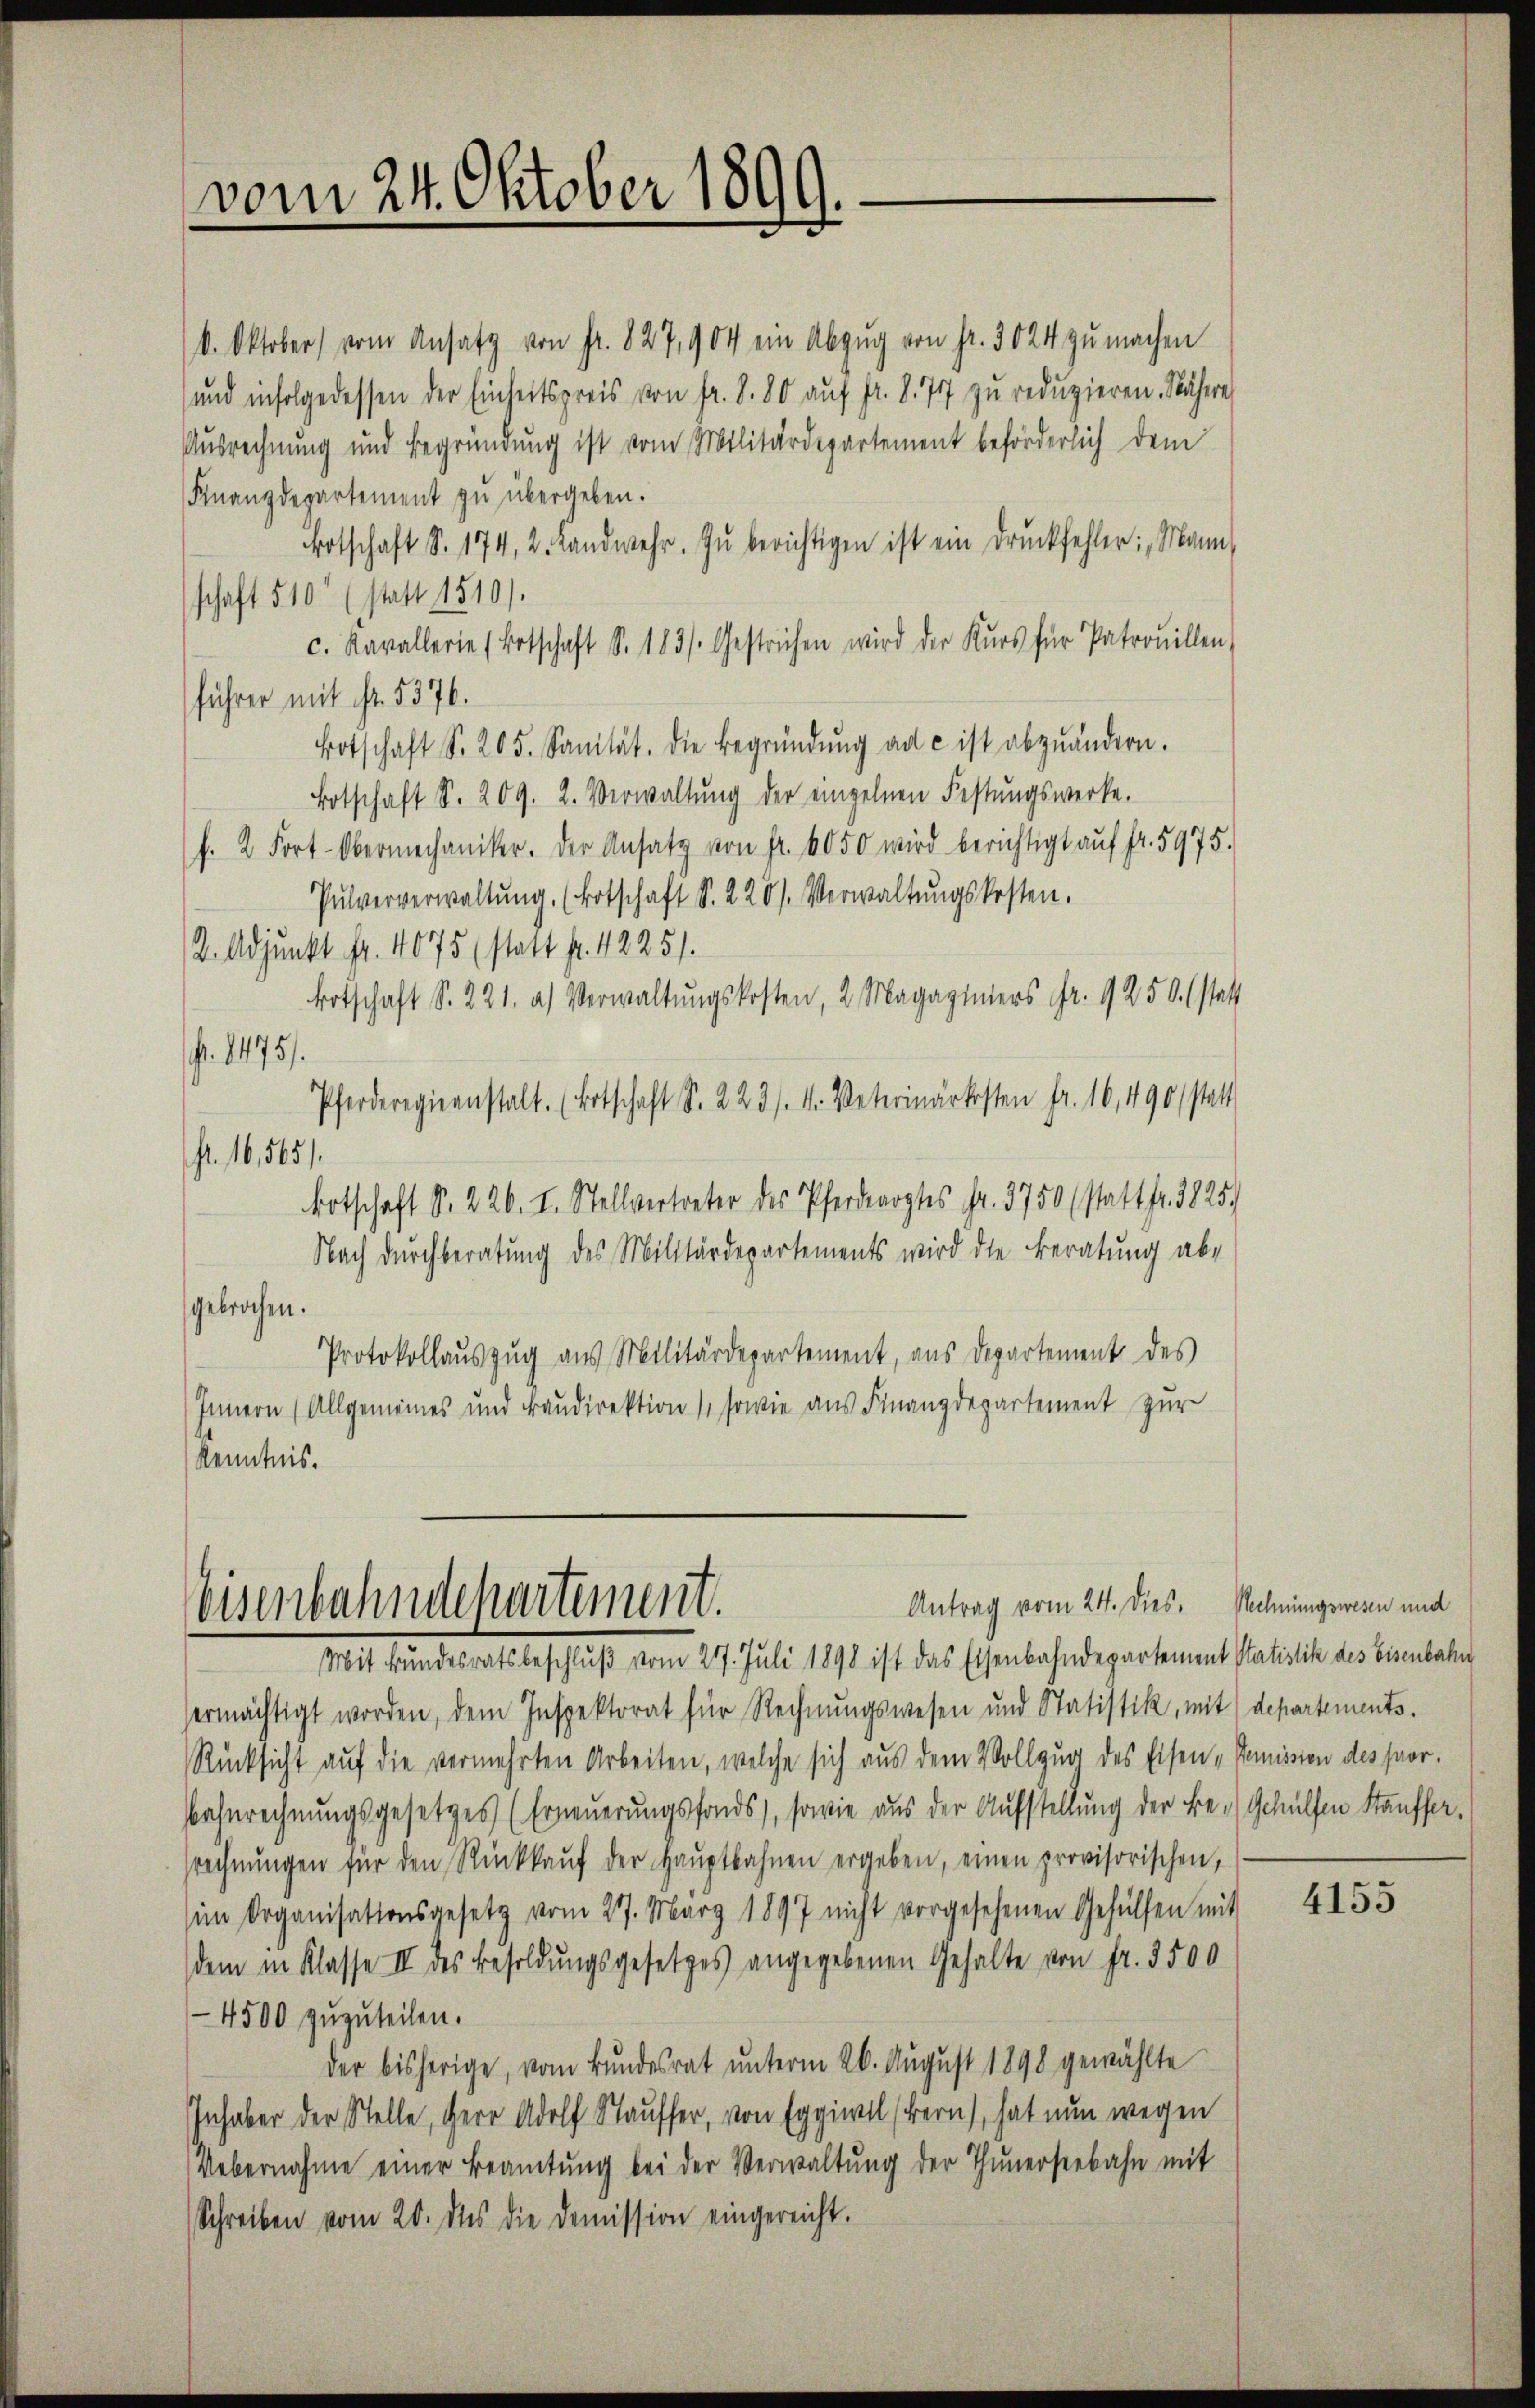
vom 24. Oktober 1899.

Antrag vom 24. dies.
Eisenbahndepartement.
Mit Bundesratsbeschluß vom 217. Juli 1898 ist das Eisenbahndepartement Statistik des Eisenbahn

k. Oktober vom Ansatz von fr. 827,904 ein Abzug von Fr. 3024 zu machen
und infolge dessen der Einheitspreis von fr. S. 80 auf fr. 8. 71 zu reduzieren. Nähere
Ausrechnung und Begründung ist vom Militärdepartement beförderlich dem
Finanzdepartement zu übergeben.
Botschaft S. 174, 2. Landwehr. zŭ berichtigen ist ein Druckfehler: Mann
schaft 510 (statt 1510).
c. Kavallerie (Botschaft S. 1831. Gestrichen wird der Kurs für Patrouillen,
führer mit ist. 5376.
Botschaft S. 205. Sanität. Die Begründŭng ad c ist abzuändern.
Botschaft S. 209. 2. Verwaltŭng der einzelnen Festŭngswerke.
h. 2. Fort-Obermechaniker. Der Ansatz von fr. 6050 wird berichtigt aŭf fr. 5975.
Pulververwaltŭng. (Botschaft S. 228. Verwaltŭngskosten.
2. Adjunkt fr. 4675 (statt fr. 4225.
Botschaft S. 221. a) Verwaltŭngskosten, 2. Magaziniers fr. 9250. statt
. 1475/
Pferderegiernstalt. (Botschaft S. 223 /. M. Veterinärkosten fr. 16, 490 statt
fl. 16,565/
Botschaft S. 226. I. Stellvertreter des Pferdearztes fr. 3750 (statt fr. 38259
Nach durchberatung des Militärdepartements wird die Beratung abe
gebrochen.
Protokollauszug aus Militärdepartement, aus Departement des
Innern (Allgemeines und Baudirektion (sowie aus Finanzdepartement zur
Kenntnis.

ermächtigt worden, dem Inspektorat für Rechnungswesen und Statistik, mit departements.
Rücksicht auf die vermehrten Arbeiten, welche sich aus dem Vollzug des Eisen-Komission des Paar.
Bahnrechnungsgesetzes (Erneuerungsfonds, sowie aus der Aufstellung der Be- Gehülfen Stauffersrechnŭngen für den Rückkaŭf der Hauptbahnen ergeben, einen provisorischen,
im Organisationsgesetz vom 27. März 1897 nicht vorgesehenen Gehülfen mit
dem in Klasse II des Besoldungsgesetzes angegebenen Gehalte von fr. 3500
4500 zuzuteilen.
der bisherige, vom Bundesrat unterm 26. August 1890 gewählte
Inhaber der Stelle, Herr Adolf Stauffer, von Eggiwil (Bern), hat nun wegen
Uebernahme einer Beamtŭng bei der Verwaltŭng der Thunerseebahn mit
Schreiben vom 20. des die Demission eingereicht.

Rechnungswesen und

4155